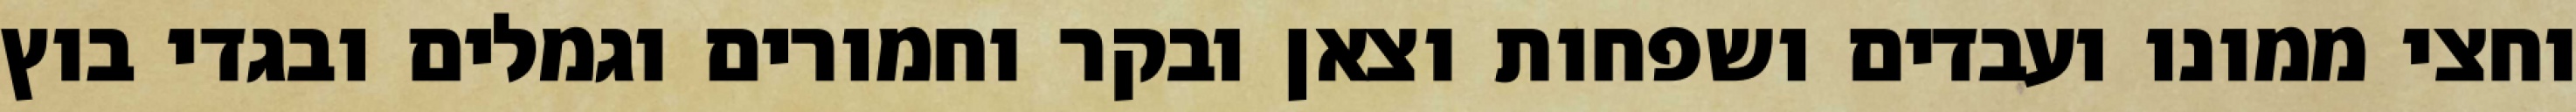
וחצי ממונו ועבדים ושפחות וצאן ובקר וחמורים וגמלים ובגדי בוץ